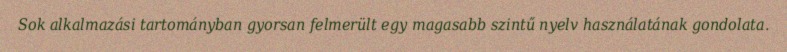
Sok alkalmazási tartományban gyorsan felmerült egy magasabb szintű nyelv használatának gondolata.